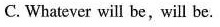
C.Whatever will be.Will bs.